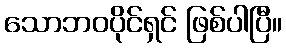
သောဘဝပိုင်ရှင် ဖြစ်ပါပြီ။